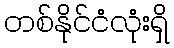
တစ်နိုင်ငံလုံးရှိ